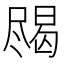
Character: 𱛀